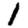
Digit: 1